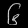
Digit: ၆